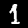
Label: 1